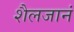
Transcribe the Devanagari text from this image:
शैलजानं